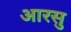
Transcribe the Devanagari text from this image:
आरसु